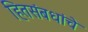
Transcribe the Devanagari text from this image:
हितसंबधांचे